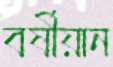
বর্ষীয়ান